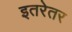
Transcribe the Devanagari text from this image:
इतरेतर